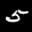
Label: 5